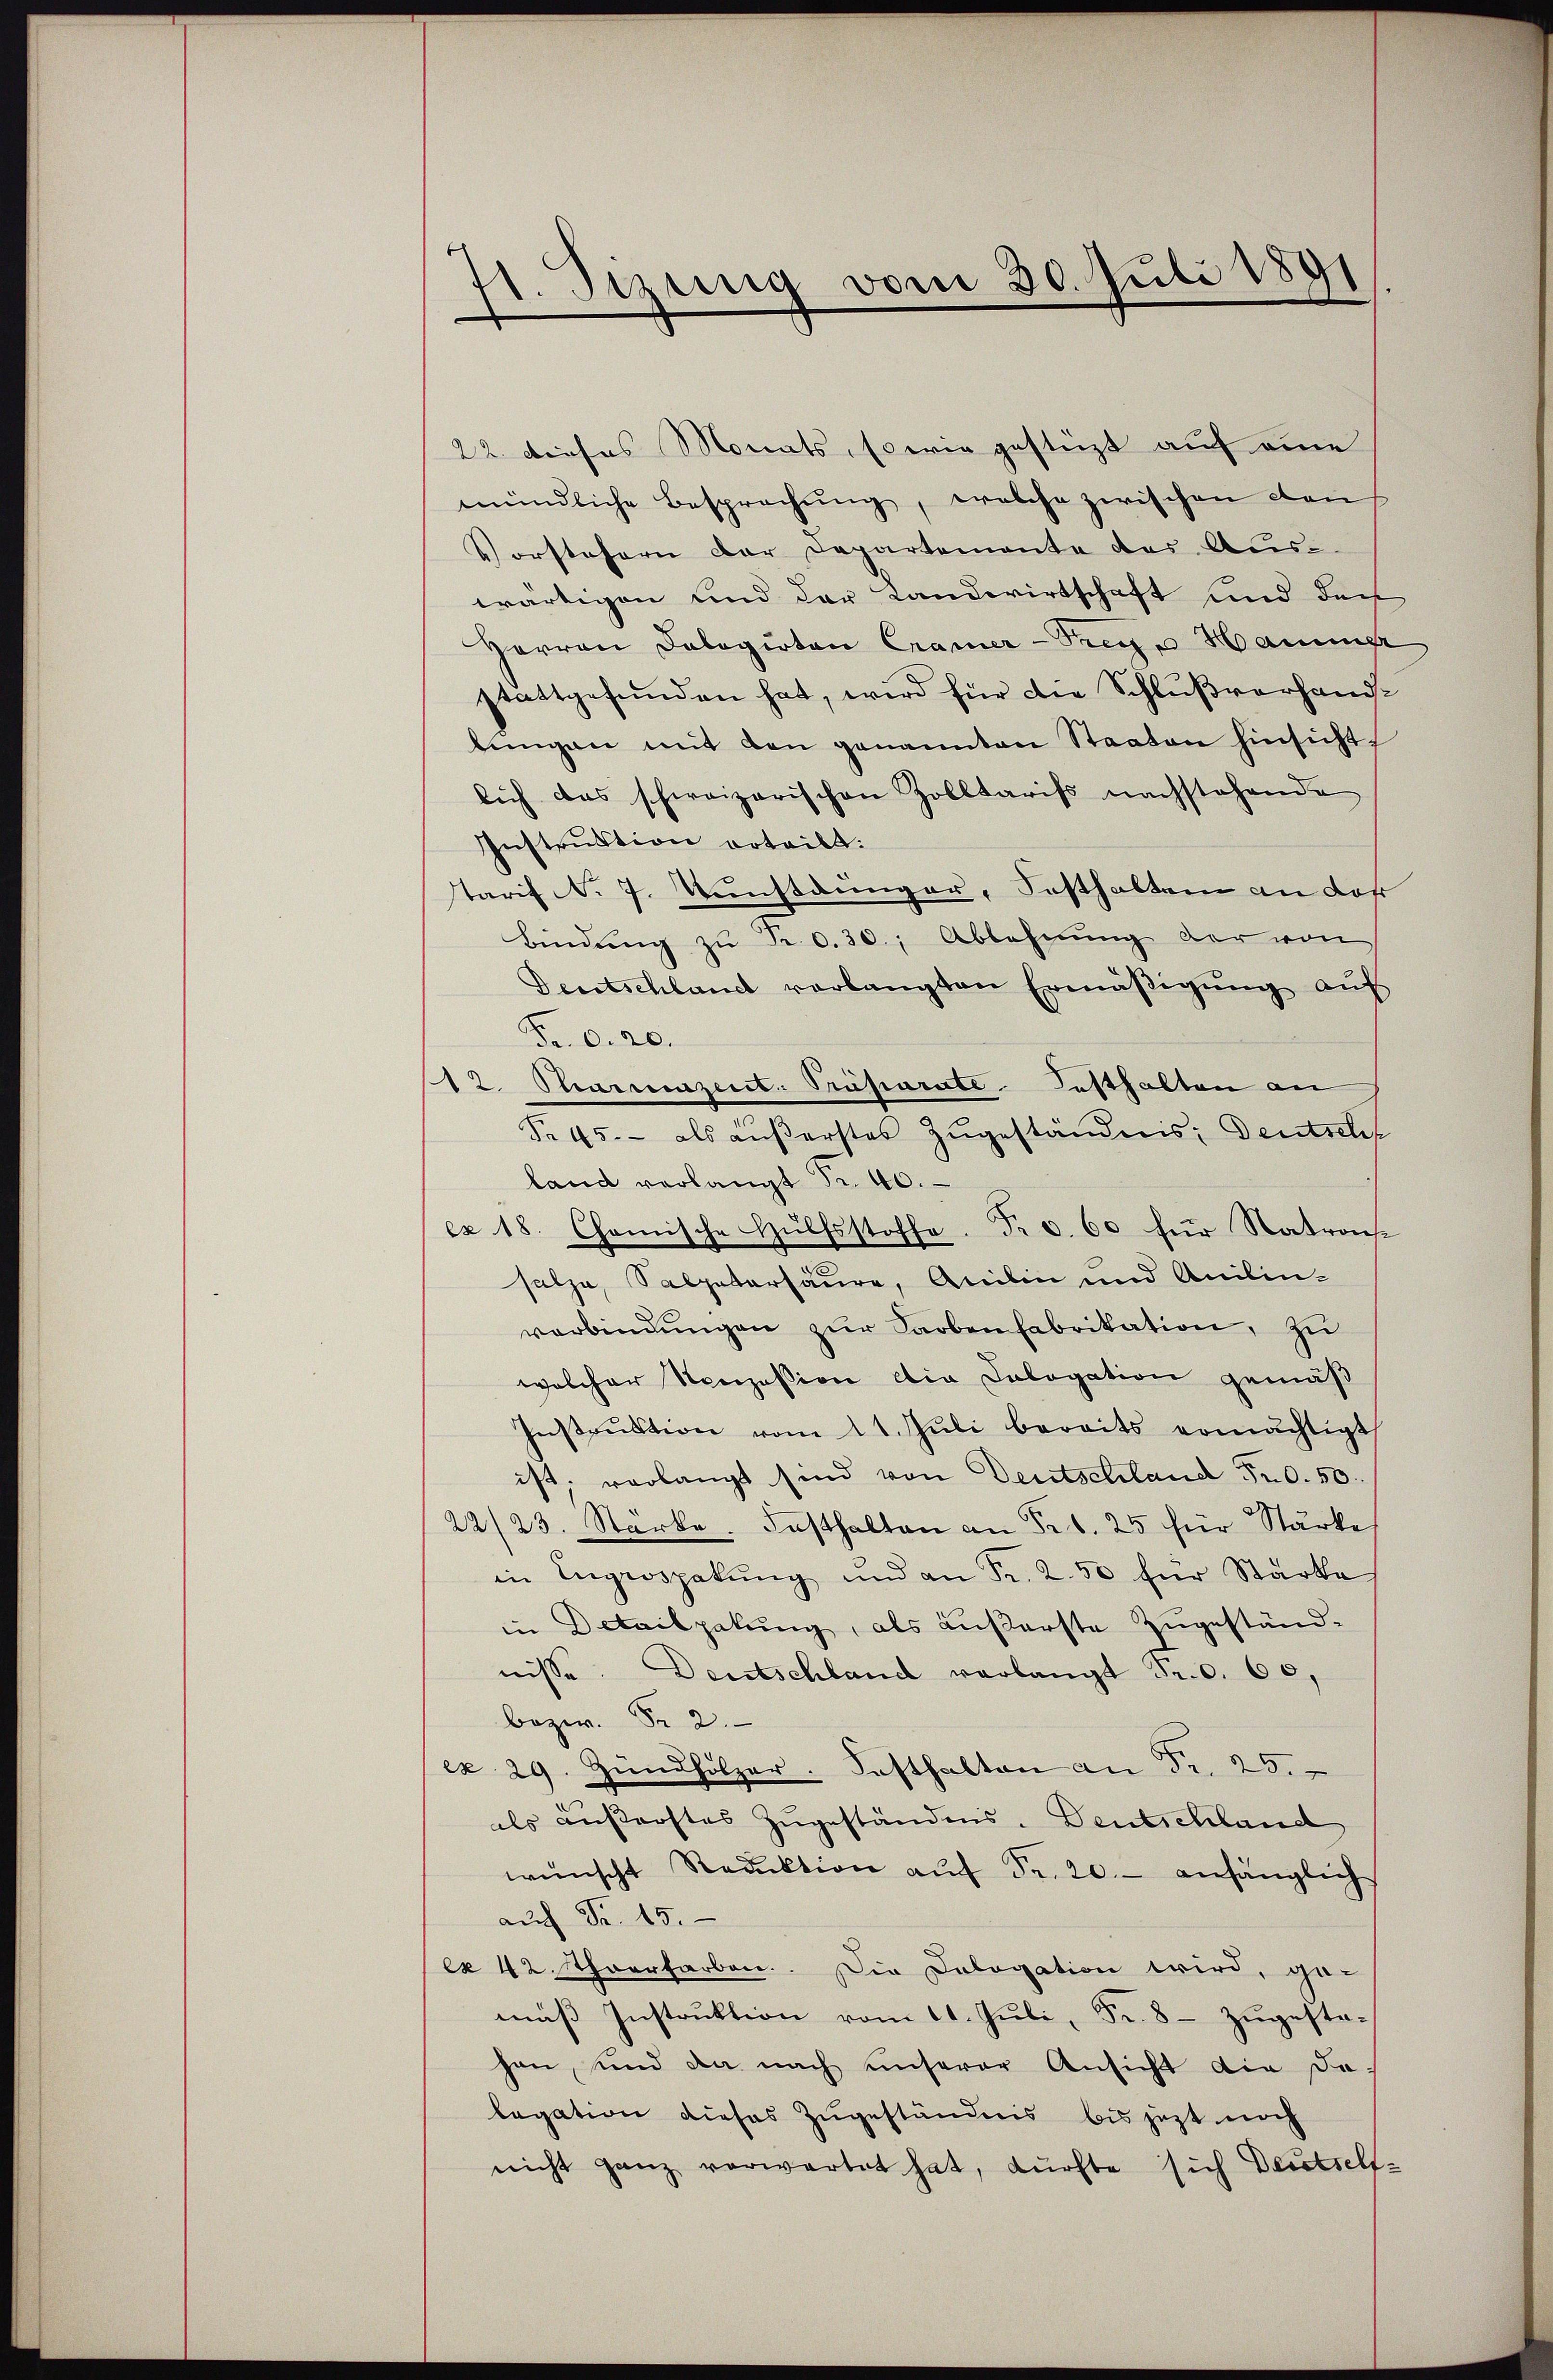
1. Sizung vom 30. Juli 1891
e

22. dieses Monats, so wie gestützt auf eine
mündliche Besprechŭng, welche zwischen den
Vorstehern der Departemente des Aus-
wärtigen und der Landwirtschaft und den
Herren Dalagirten Cramer-Trege Hammer
stattgefunden hat, wird für die Schlußverhandbungen mit den genannten Staaten hinsicht
lich das schweizerischen Zolltariss nachstehende
Instruktion erteilt.
tarif N. 7. Kunstdunger, Festhalten an daß
bindŭng zŭ Fr. 0.30; Ablehnŭng der von
Deutschland verlangten Ermäβigŭng auf
Fr. 6. 20.
12. Stanzeit. Präparate Festhalten an
Fr. 45. als aŭβerstes Zŭgeständnis: Deutschf
land verlangt Fr. 40.
ex 18. Chemische Hülfsstoffe. Fr. 6. 60 für Natron
salze, Salpetersäure, Anilin und Anilin-
verbindŭngen zur Farbenfabrikation, zu
welcher Nonzession die Salogation gemäß
Instrŭktion vom 11. Jŭli bereits ermächtigt
ist, verlangt sind von Deutschland Fr. 50.
22/23. Stärke. Fasthalten an Fr. 25 für Stärke
in Ingenspakŭng und an Fr. 250 für Stärke
in Detailpalung, als äußerste Zugeständnisse. Deutschland verlangt Fr. 0. 60,
bezw. Fr. 2.
ex. 29. Zŭndholzer. Festhalten an Fr. 25.
als äußerstes Zugeständnis. Deutschland
wünscht Reduktion aŭf Fr. 20.- anhänglich
aŭf Fr. 15.
ex 42. Thorrfarben. Die Cologation wird, ge-
mäβ Instruktion vom 11. Juli, Fr. 8 - zugestahen, und da nach unserer Ansicht die de
legation dieses Zugeständnis bis jezt noch
nicht ganz verwartet hat, dürfte sich Deutself¬